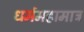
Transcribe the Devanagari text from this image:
धर्ममहामात्र